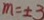
m = \pm 3